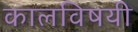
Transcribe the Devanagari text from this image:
कालविषयी